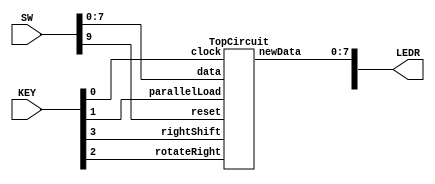
`timescale 1ns / 1ns //`timescale time_unit/time_precision

module Lab4Part3(
	input [9:0]SW, 	//SW[3:0] = data, SW[9] = Reset
	input [3:0]KEY,	//KEY[0] = clock, KEY[1] = Parallel Load, KEY[2] = Rotate to Right, KEY[3] = Left Shift
	output [9:0]LEDR);	//Top Level Circuit output
	
	TopCircuit u1(.data(SW[7:0]), .parallelLoad(KEY[1]), 
		.rotateRight(KEY[2]), .rightShift(KEY[3]), .reset(SW[9]), 
		.clock(KEY[0]), .newData(LEDR[7:0]));  
	
endmodule

module TopCircuit(
	input [7:0]data,
	input parallelLoad,
	input rotateRight,
	input rightShift,
	input reset,
	input clock,
	output [7:0]newData);
	
	wire rightData;

	assign rightData = rightShift ? 1'b0 : newData[0];
	
	SubCircuit u1(.rotateRight(rotateRight), .pData(data[7]), 
		.rightData(rightData), .leftData(newData[6]), 
		.pLoad(parallelLoad), .clock(clock), .reset(reset), 
		.newData(newData[7]));
	SubCircuit u2(.rotateRight(rotateRight), .pData(data[6]), 
		.rightData(newData[7]), .leftData(newData[5]), 
		.pLoad(parallelLoad), .clock(clock), .reset(reset), 
		.newData(newData[6]));
	SubCircuit u3(.rotateRight(rotateRight), .pData(data[5]), 
		.rightData(newData[6]), .leftData(newData[4]), 
		.pLoad(parallelLoad), .clock(clock), .reset(reset), 
		.newData(newData[5]));
	SubCircuit u4(.rotateRight(rotateRight), .pData(data[4]), 
		.rightData(newData[5]), .leftData(newData[3]), 
		.pLoad(parallelLoad), .clock(clock), .reset(reset), 
		.newData(newData[4]));
	SubCircuit u5(.rotateRight(rotateRight), .pData(data[3]), 
		.rightData(newData[4]), .leftData(newData[2]), 
		.pLoad(parallelLoad), .clock(clock), .reset(reset), 
		.newData(newData[3]));
	SubCircuit u6(.rotateRight(rotateRight), .pData(data[2]), 
		.rightData(newData[3]), .leftData(newData[1]), 
		.pLoad(parallelLoad), .clock(clock), .reset(reset), 
		.newData(newData[2]));
	SubCircuit u7(.rotateRight(rotateRight), .pData(data[1]), 
		.rightData(newData[2]), .leftData(newData[0]), 
		.pLoad(parallelLoad), .clock(clock), .reset(reset), 
		.newData(newData[1]));
	SubCircuit u8(.rotateRight(rotateRight), .pData(data[0]), 
		.rightData(newData[1]), .leftData(newData[7]), 
		.pLoad(parallelLoad), .clock(clock), .reset(reset), 
		.newData(newData[0]));
endmodule
		
module SubCircuit(
	input rotateRight,
	input pData,
	input leftData,
	input rightData, pLoad,
	input clock,
	input reset,
	output newData);
	
	wire registerInput;
	wire mux1Output;
	
	mux2to1 u1(.x(leftData), .y(rightData), .s(rotateRight), .m(mux1Output));
	mux2to1 u2(.x(pData), .y(mux1Output), .s(pLoad), .m(registerInput));
	Register u3(.D(registerInput), .Clock(clock), .Reset(reset), .Q(newData));
	
endmodule	

module Register (
	input D,
	input Clock,
	input Reset,
	input pData,
	output Q);
	
	reg registerOut;
	
	always @(posedge Clock)
	begin
		if (Reset == 1'b1)
			registerOut <= 1'b0;
		else
			registerOut <= D;
	end
	
	assign Q = registerOut; 

endmodule

module mux2to1(
	input x, y, s,
	output m);
	
	assign m = s ? y : x;
endmodule